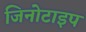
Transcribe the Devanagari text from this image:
जिनोटाइप